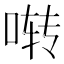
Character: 啭